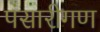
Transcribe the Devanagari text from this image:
पंसारीगण